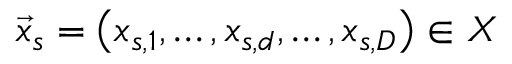
{ \vec { x } _ { s } = \left( x _ { s , 1 } , \dots , x _ { s , d } , \dots , x _ { s , D } \right) \in X }